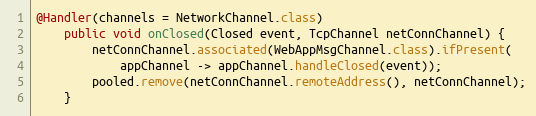
Language: Java
@Handler(channels = NetworkChannel.class)
    public void onClosed(Closed event, TcpChannel netConnChannel) {
        netConnChannel.associated(WebAppMsgChannel.class).ifPresent(
            appChannel -> appChannel.handleClosed(event));
        pooled.remove(netConnChannel.remoteAddress(), netConnChannel);
    }